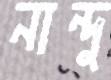
নান্দু